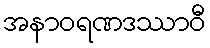
အနာဝရဏဒဿာဝီ